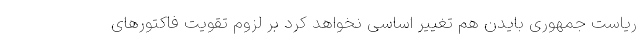
ریاست جمهوری بایدن هم تغییر اساسی نخواهد کرد بر لزوم تقویت فاکتورهای